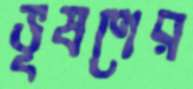
ভূষণের